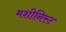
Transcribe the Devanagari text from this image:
मशीनिस्ट